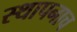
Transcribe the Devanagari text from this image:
स्थापनाच